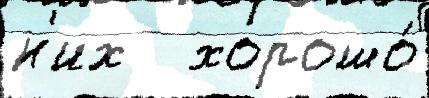
н'их   хорошо́